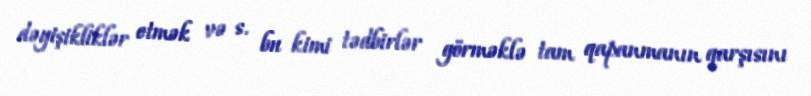
dəyişikliklər etmək və s. bu kimi tədbirlər görməklə tam qapanmanın qarşısını